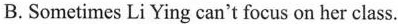
B.Sometimes Li Ying can't focus on her class.